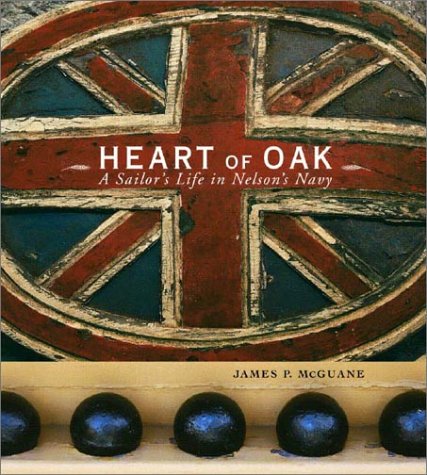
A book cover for Heart of Oak: A Sailor's Life in Nelson's Navy; James P. McGuane; Crafts, Hobbies & Home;